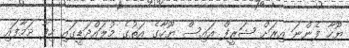
ޔޫހާ ފެންނަ އިރަށް ޝަރީފް އައިސް ޔޫހާގެ އަތުގެ މުލައްދަޑީގައި ހިފާ ދަމާފައި